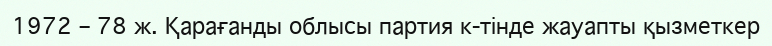
1972 – 78 ж. Қарағанды облысы партия к-тінде жауапты қызметкер